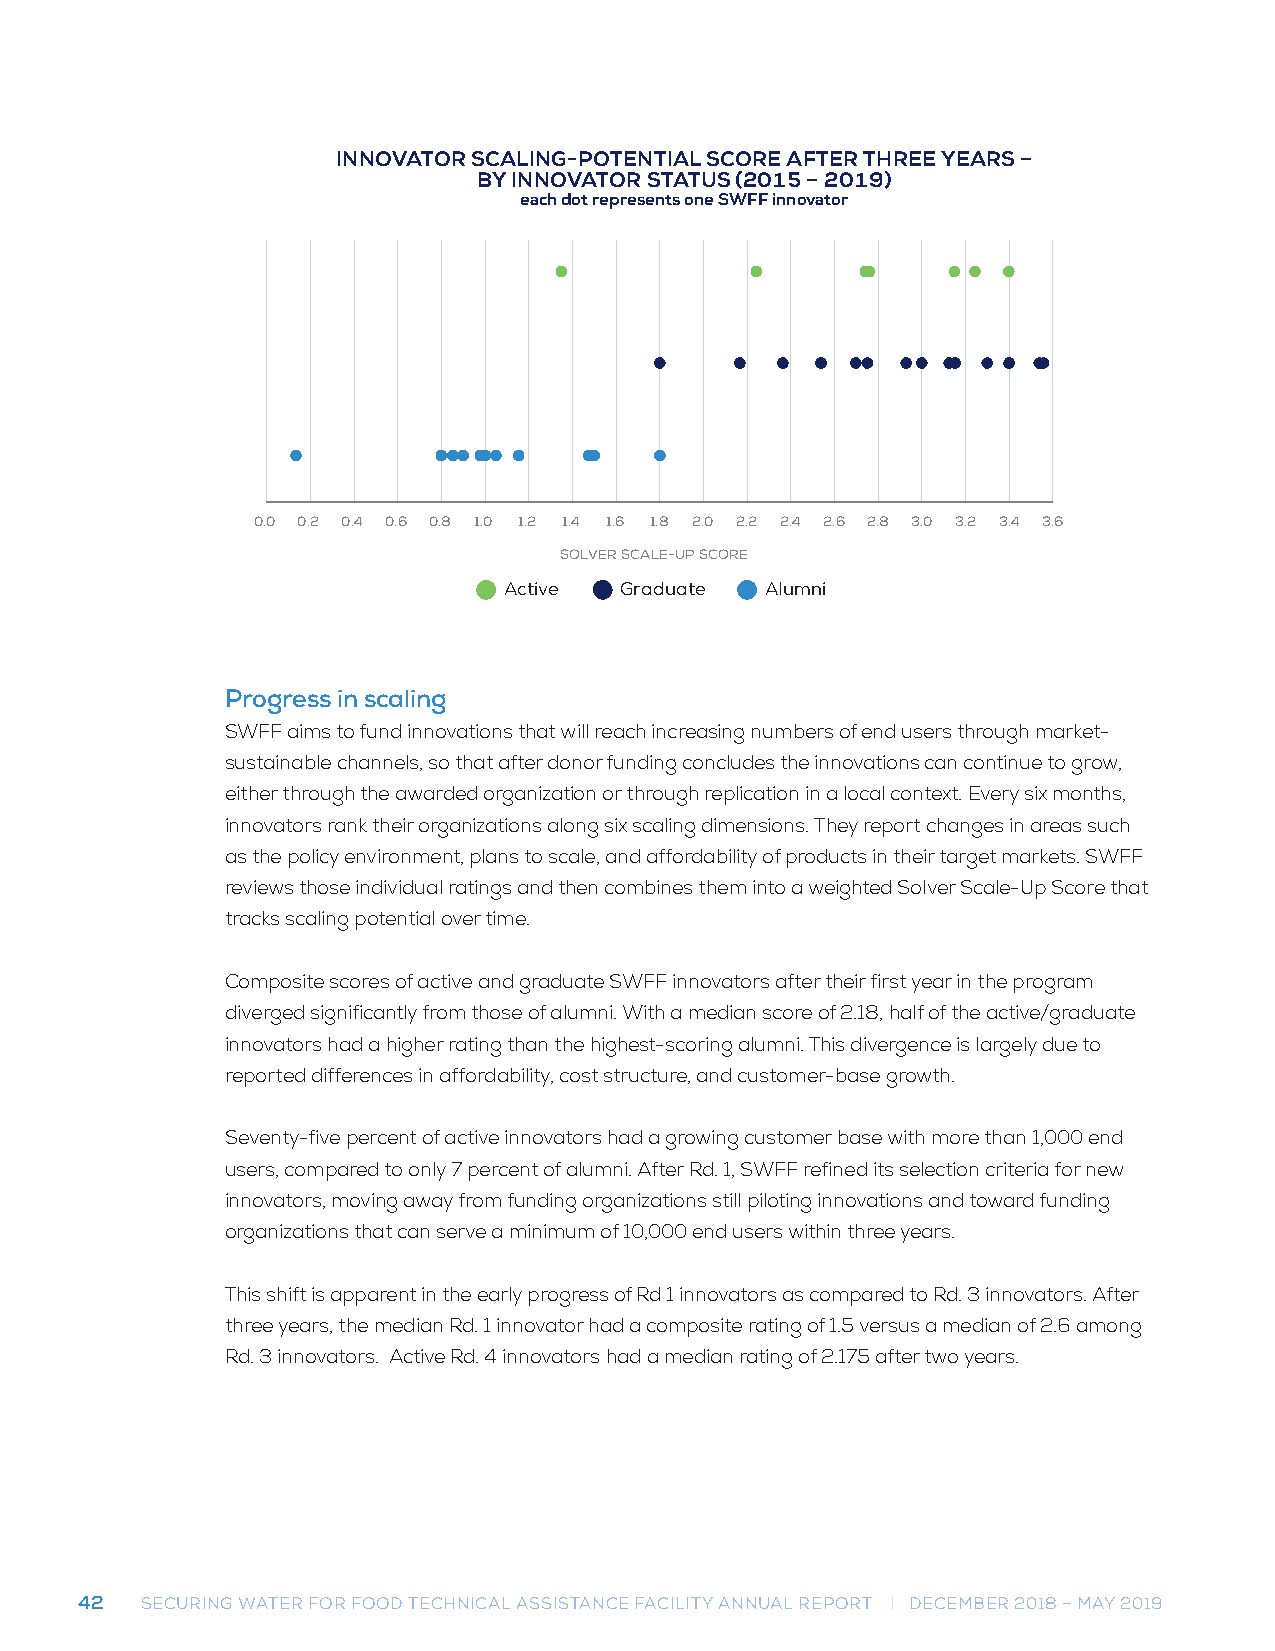
INNOVATOR SCALING-POTENTIAL SCORE AFTER THREE YEARS -
 BY INNOVATOR STATUS (2014 – 2019)
 each dot represents one SWFF innovator
 INNOVATOR SCALING-POTENTIAL SCORE AFTER THREE YEARS –
 BY INNOVATOR STATUS (2015 – 2019)
 each dot represents one SWFF innovator
 0.0 0.2 0.4 0.6 0.8 1.0 1.2 1.4 1.6 1.8 2.0 2.2 2.4 2.6 2.8 3.0 3.2 3.4 3.6
 SOLVER SCALE-UP SCORE
 Active  Graduate  Alumni
 Progress in scaling
 SWFF aims to fund innovations that will reach increasing numbers of end users through market-
 sustainable channels, so that after donor funding concludes the innovations can continue to grow,
 either through the awarded organization or through replication in a local context. Every six months,
 innovators rank their organizations along six scaling dimensions. They report changes in areas such
 as the policy environment, plans to scale, and affordability of products in their target markets. SWFF
 reviews those individual ratings and then combines them into a weighted Solver Scale-Up Score that
 tracks scaling potential over time.
 Composite scores of active and graduate SWFF innovators after their first year in the program
 diverged significantly from those of alumni. With a median score of 2.18, half of the active/graduate
 innovators had a higher rating than the highest-scoring alumni. This divergence is largely due to
 reported differences in affordability, cost structure, and customer-base growth.
 Seventy-five percent of active innovators had a growing customer base with more than 1,000 end
 users, compared to only 7 percent of alumni. After Rd. 1, SWFF refined its selection criteria for new
 innovators, moving away from funding organizations still piloting innovations and toward funding
 organizations that can serve a minimum of 10,000 end users within three years.
 This shift is apparent in the early progress of Rd 1 innovators as compared to Rd. 3 innovators. After
 three years, the median Rd. 1 innovator had a composite rating of 1.5 versus a median of 2.6 among
 Rd. 3 innovators. Active Rd. 4 innovators had a median rating of 2.175 after two years.
 42  SECURING WATER FOR FOOD TECHNICAL ASSISTANCE FACILITY ANNUAL REPORT | DECEMBER 2018 – MAY 2019